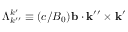
\Lambda _ { k ^ { \prime \prime } } ^ { k ^ { \prime } } \equiv ( c / B _ { 0 } ) \mathbf { b } \cdot \mathbf { k ^ { \prime \prime } } \times \mathbf { k ^ { \prime } }